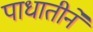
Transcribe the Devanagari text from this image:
पाधातीने